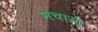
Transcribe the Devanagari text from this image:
नचाने।